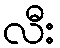
လီး